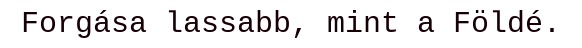
Forgása lassabb, mint a Földé.